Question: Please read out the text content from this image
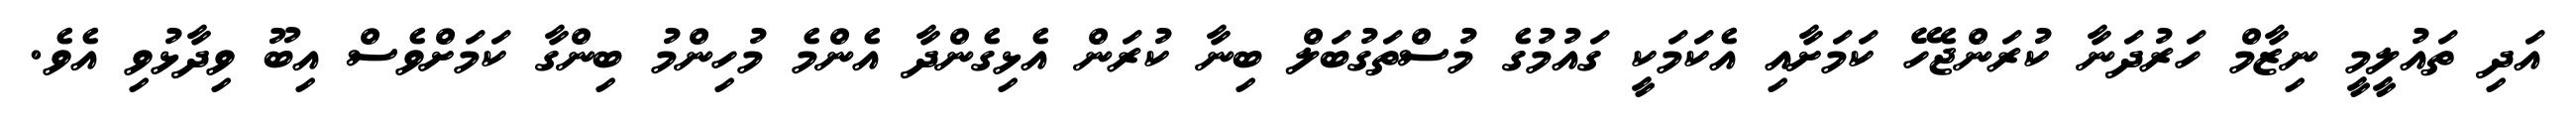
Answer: އަދި ތައުލީމީ ނިޒާމް ހަރުދަނާ ކުރަންޖެހޭ ކަމަށާއި އެކަމަކީ ގައުމުގެ މުސްތަގުބަލް ބިނާ ކުރަން އެޅިގެންދާ އެންމެ މުހިންމު ބިންގާ ކަމަށްވެސް އިބޫ ވިދާޅުވި އެވެ.